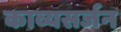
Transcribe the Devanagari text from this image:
काव्यसर्जन